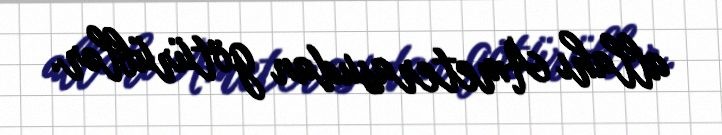
allahı Ameterasudan götürüblər.